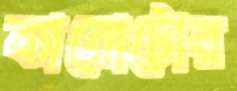
ব্যারোটোর